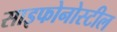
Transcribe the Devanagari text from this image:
साइफोनोस्टील